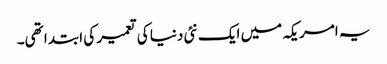
یہ امریکہ میں ایک نئی دنیا کی تعمیر کی ابتدا تھی۔